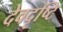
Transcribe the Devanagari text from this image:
देवदृष्टि